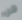
هن